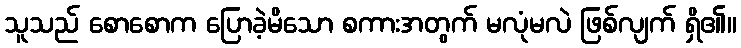
သူသည် စောစောက ပြောခဲ့မိသော စကားအတွက် မလုံမလဲ ဖြစ်လျက် ရှိ၏။